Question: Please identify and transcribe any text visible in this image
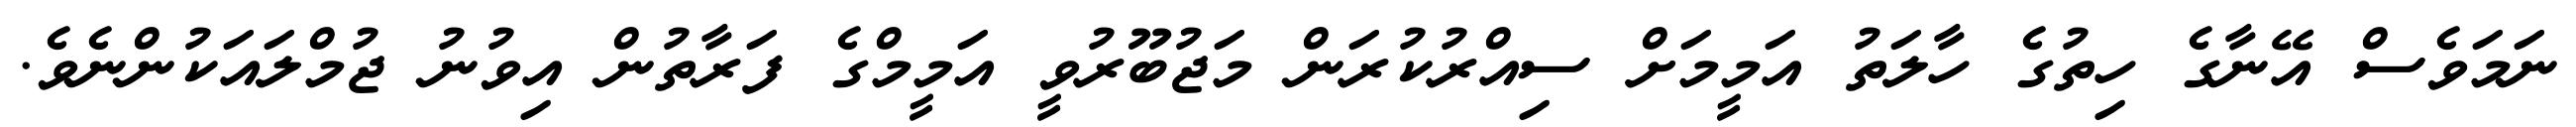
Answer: ނަމަވެސް އޭނާގެ ހިތުގެ ހާލަތު އަމީމަށް ސިއްރުކުރަން މަޖުބޫރުވީ އަމީމްގެ ފަރާތުން އިވުނު ޖުމްލައަކުންނެވެ.